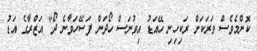
ކޮންމެވެސް ވަރަކަށް ރަކިހިނި ހޭއަޑު އިވުނަސް ހޯދަން ފަސޭހަވާނެ ދޯ" އަޒްރާގެ އަޑު